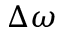
\Delta \omega